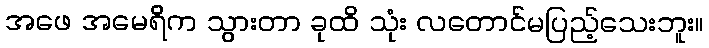
အဖေ အမေရိက သွားတာ ခုထိ သုံး လတောင်မပြည့်သေးဘူး။